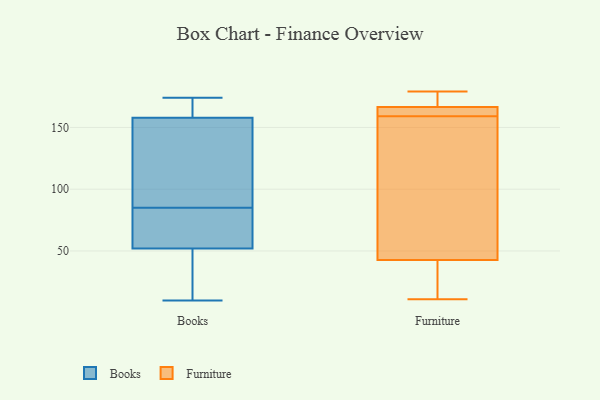
{"axis": {"x": "Headcount", "y": "Value"}, "legend": ["Books", "Furniture"], "data": [{"x": "", "y": 83, "type": "Books"}, {"x": "", "y": 174, "type": "Books"}, {"x": "", "y": 85, "type": "Books"}, {"x": "", "y": 157, "type": "Books"}, {"x": "", "y": 45, "type": "Books"}, {"x": "", "y": 135, "type": "Books"}, {"x": "", "y": 46, "type": "Books"}, {"x": "", "y": 160, "type": "Books"}, {"x": "", "y": 172, "type": "Books"}, {"x": "", "y": 10, "type": "Books"}, {"x": "", "y": 72, "type": "Books"}, {"x": "", "y": 54, "type": "Books"}, {"x": "", "y": 144, "type": "Books"}, {"x": "", "y": 167, "type": "Furniture"}, {"x": "", "y": 75, "type": "Furniture"}, {"x": "", "y": 60, "type": "Furniture"}, {"x": "", "y": 171, "type": "Furniture"}, {"x": "", "y": 11, "type": "Furniture"}, {"x": "", "y": 37, "type": "Furniture"}, {"x": "", "y": 179, "type": "Furniture"}, {"x": "", "y": 165, "type": "Furniture"}, {"x": "", "y": 19, "type": "Furniture"}, {"x": "", "y": 159, "type": "Furniture"}, {"x": "", "y": 161, "type": "Furniture"}]}